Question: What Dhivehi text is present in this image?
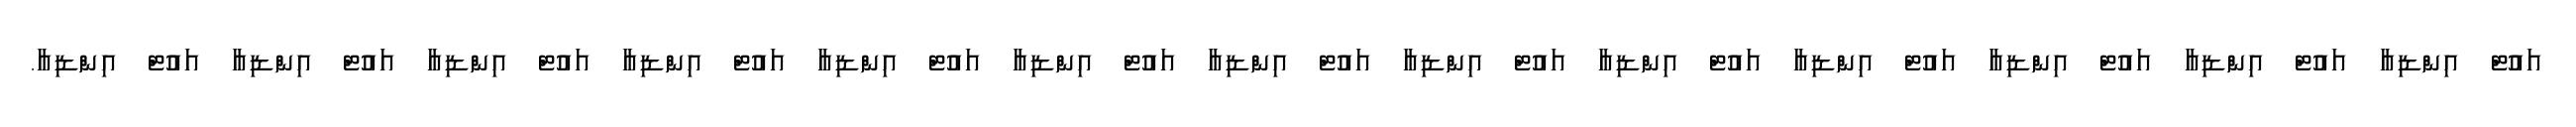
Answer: އައުޓް އިންޑިއާ އައުޓް އިންޑިއާ އައުޓް އިންޑިއާ އައުޓް އިންޑިއާ އައުޓް އިންޑިއާ އައުޓް އިންޑިއާ އައުޓް އިންޑިއާ އައުޓް އިންޑިއާ އައުޓް އިންޑިއާ އައުޓް އިންޑިއާ އައުޓް އިންޑިއާ އައުޓް އިންޑިއާ އައުޓް އިންޑިއާ.